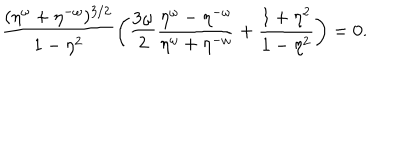
\frac { ( \eta ^ { \omega } + \eta ^ { - \omega } ) ^ { 3 / 2 } } { 1 - \eta ^ { 2 } } \left( \frac { 3 \omega } 2 \frac { \eta ^ { \omega } - \eta ^ { - \omega } } { \eta ^ { \omega } + \eta ^ { - \omega } } + \frac { 1 + \eta ^ { 2 } } { 1 - \eta ^ { 2 } } \right) = 0 .